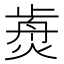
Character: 𤌺